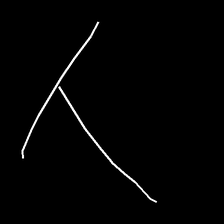
Glyph: column